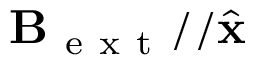
\mathbf { B } _ { \mathrm { ~ e ~ x ~ t ~ } } / / \hat { \mathbf { x } }